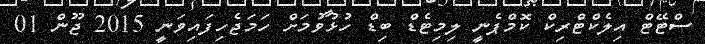
ސްޓޭޓް އިލެކްޓްރިކް ކޮމްޕެނީ ލިމިޓެޑް ބިޑް ހުޅުވުމަށް ހަމަޖެހިފައިވަނީ 2015 ޖޫން 01